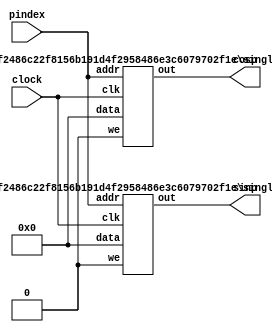
`define TRIG_WIDTH 5'b01010 //10;
`define PIPELINE_DEPTH_UPPER_LIMIT 10'b0100000000 //256;
`define ABSORB_ADDR_WIDTH 6'b010000 //16;
`define ABSORB_WORD_WIDTH 7'b01000000 //64;
`define WSCALE 22'b0111010100101111111111 //1919999;
//`define BIT_WIDTH 7'b0100000
//`define LAYER_WIDTH 6'b000011 
`define LEFTSHIFT 6'b000011         // 2^3=8=1/0.125 where 0.125 = CHANCE of roulette
`define INTCHANCE 32'b00100000000000000000000000000000 //Based on 32 bit rand num generator
`define MIN_WEIGHT 9'b011001000 
`define BIT_WIDTH 7'b0100000
`define LAYER_WIDTH 6'b000011
`define INTMAX 32'b01111111111111111111111111111111
`define INTMIN 32'b10000000000000000000000000000000
`define DIVIDER_LATENCY 6'b011110
`define FINAL_LATENCY 6'b011100
`define MULT_LATENCY 1'b1
`define ASPECT_RATIO 6'b000111
`define TOTAL_LATENCY 7'b0111100
//`define BIT_WIDTH 6'b100000
//`define LAYER_WIDTH 6'b000011
`define LOGSCALEFACTOR 6'b000101
`define MAXLOG 32'b10110001011100100001011111110111		//Based on 32 bit unsigned rand num generator
`define CONST_MOVE_AMOUNT 15'b110000110101000  //Used for testing purposes only
`define MUTMAX_BITS 6'b001111
//`define BIT_WIDTH 6'b100000
//`define LAYER_WIDTH 6'b000011
//`define INTMAX 32'b01111111111111111111111111111111
//`define INTMIN 32'b10000000000000000000000000000000
//`define BIT_WIDTH 7'b0100000
`define MANTISSA_PRECISION 6'b001010
`define LOG2_BIT_WIDTH 6'b000110
`define LOG2 28'b0101100010111001000010111111
`define NR 10'b0100000000             
`define NZ 10'b0100000000              
`define NR_EXP 5'b01000              //meaning `NR=2^`NR_exp or 2^8=256
`define RGRID_SCLAE_EXP 6'b010101    //2^21 = RGRID_SCALE
`define ZGRID_SCLAE_EXP 6'b010101    //2^21 = ZGRID_SCALE
//`define BIT_WIDTH 7'b0100000
`define BIT_WIDTH_2 8'b01000000
`define WORD_WIDTH 8'b01000000
`define ADDR_WIDTH 6'b010000          //256x256=2^8*2^8=2^16
`define DIV 6'b010100//20;
`define SQRT 5'b01010 //10;
`define LAT 7'b0100101 //DIV + SQRT + 7;
`define INTMAX_2 {32'h3FFFFFFF,32'h00000001}
//`define INTMAX 32'b01111111111111111111111111111111//2147483647;
//`define INTMIN 32'b10000000000000000000000000000001//-2147483647;
`define INTMAXMinus3 32'b01111111111111111111111111111100//2147483644;
`define negINTMAXPlus3 32'b10000000000000000000000000000100//-2147483644;
`define INTMAX_2_ref {32'h3FFFFFFF,32'hFFFFFFFF}
`define SIMULATION_MEMORY

module Memory_Wrapper (
	//Inputs
	clock,
//	reset, //This is unused in the module. ODIN II complains.
	pindex,
	//Outputs
	sinp,
	cosp
	);


input					clock;
//input					reset;
input	[9:0]			pindex;


output	[31:0]			sinp;
output	[31:0]			cosp;

//sinp_ROM sinp_MEM (.address(pindex), .clock(clock), .q(sinp));
//cosp_ROM cosp_MEM (.address(pindex), .clock(clock), .q(cosp));

//Instantiate a single port ram for odin
wire [31:0]blank;
assign blank = 32'b000000000000000000000000000000;
defparam sinp_replace.ADDR_WIDTH = 10;
defparam sinp_replace.DATA_WIDTH = 32;
single_port_ram sinp_replace(.clk (clock), .addr (pindex), .data (blank), .we (1'b0), .out (sinp));

defparam cosp_replace.ADDR_WIDTH = 10;
defparam cosp_replace.DATA_WIDTH = 32;
single_port_ram cosp_replace(.clk (clock), .addr (pindex), .data (blank), .we (1'b0), .out (cosp));

			
endmodule
module single_port_ram(
clk,
addr,
data,
we,
out
);

parameter DATA_WIDTH = 256;
parameter ADDR_WIDTH = 10;
input clk;
input [ADDR_WIDTH-1:0] addr;
input [DATA_WIDTH-1:0] data;
input we;
output reg [DATA_WIDTH-1:0] out;

reg [DATA_WIDTH-1:0] ram[ADDR_WIDTH-1:0];

always @(posedge clk) begin
  if (we) begin
    ram[addr] <= data;
  end
  else begin
    out <= ram[addr];
  end
end

endmodule